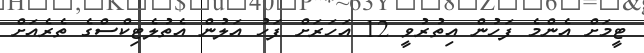
ޓީމަށް އެންމެ ފަހުން އިތުުރުވީ 12 އަހަރަށް ފަހު އަލުން އެތުލެޓިކްސްގެ ތެރެއަށް